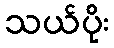
သယ်ပိုး